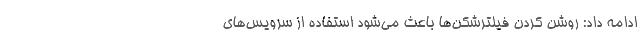
ادامه داد: روشن کردن فیلترشکن‌ها باعث می‌شود استفاده از سرویس‌های